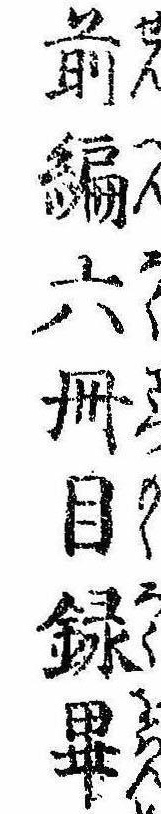
前編六冊目録畢